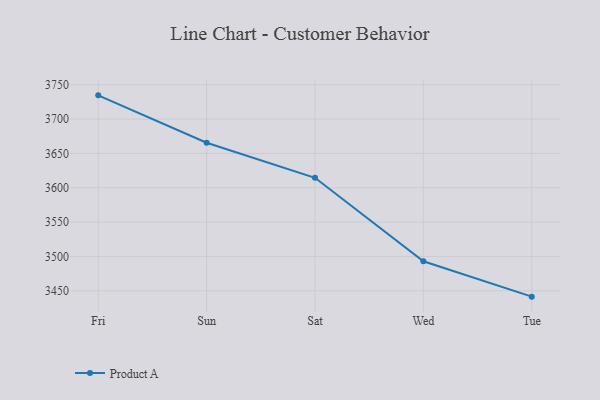
{"axis": {"x": "Day", "y": "Net Income (USD K)"}, "legend": ["Product A"], "data": [{"x": "Fri", "y": 3734.6, "type": "Product A"}, {"x": "Sun", "y": 3665.6, "type": "Product A"}, {"x": "Sat", "y": 3614.5, "type": "Product A"}, {"x": "Wed", "y": 3492.9, "type": "Product A"}, {"x": "Tue", "y": 3441.4, "type": "Product A"}]}